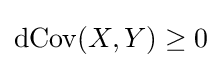
\operatorname {dCov} (X,Y)\geq 0